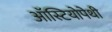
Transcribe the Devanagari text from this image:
ऑस्टियोपेथी